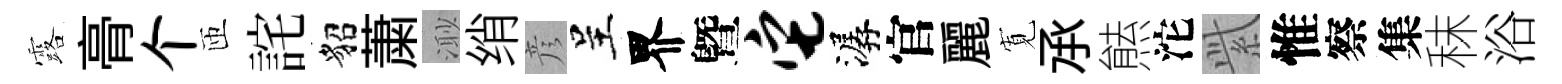
露𮌔个匝詫貂䔥𣺌绡彦呈界曁它潺官麗𡩖𠄘㷱沱𬗋惟察集秣浴